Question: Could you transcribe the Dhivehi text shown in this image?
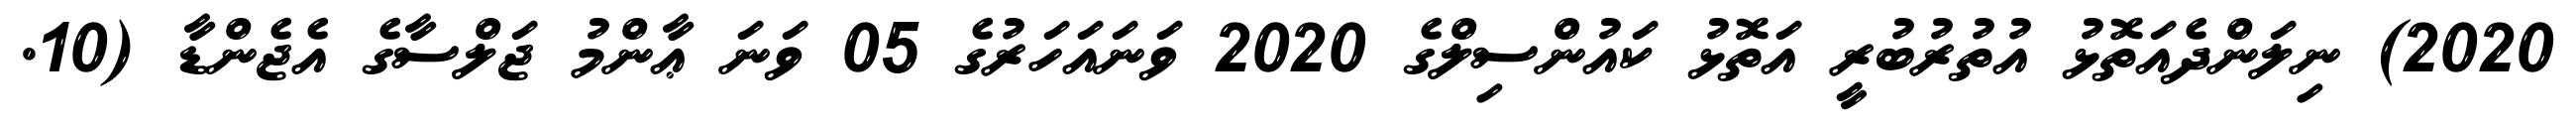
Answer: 2020) ނިލަންދެއަތޮޅު އުތުރުބުރީ އަތޮޅު ކައުންސިލްގެ 2020 ވަނައަހަރުގެ 05 ވަނަ ޢާންމު ޖަލްސާގެ އެޖެންޑާ (10.